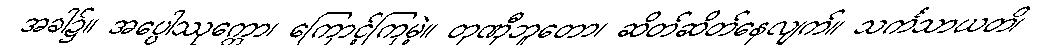
အခါ၌။ အပ္ပေါဿုက္ကော၊ ကြောင့်ကြမဲ့။ တုဏှီဘူတော၊ ဆိတ်ဆိတ်နေလျက်။ သင်္ကသာယတိ၊